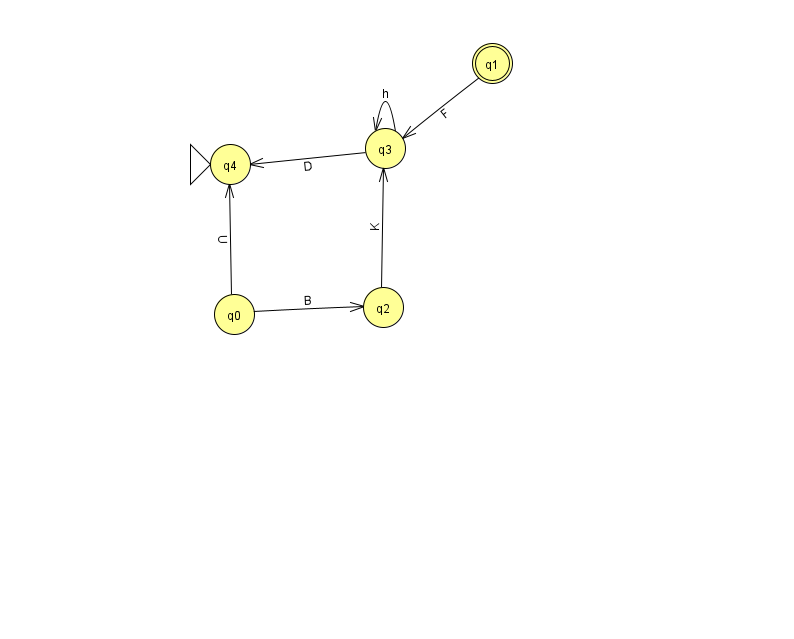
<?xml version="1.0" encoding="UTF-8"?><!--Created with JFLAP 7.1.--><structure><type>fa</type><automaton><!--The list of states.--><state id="0" name="q0"><x>234.0</x><y>301.0</y></state><state id="1" name="q1"><x>492.0</x><y>50.0</y><final/></state><state id="2" name="q2"><x>383.0</x><y>294.0</y></state><state id="3" name="q3"><x>385.0</x><y>135.0</y></state><state id="4" name="q4"><x>230.0</x><y>151.0</y><initial/></state><!--The list of transitions.--><transition><from>1</from><to>3</to><read>F</read></transition><transition><from>0</from><to>2</to><read>B</read></transition><transition><from>2</from><to>3</to><read>K</read></transition><transition><from>3</from><to>4</to><read>D</read></transition><transition><from>3</from><to>3</to><read>h</read></transition><transition><from>0</from><to>4</to><read>U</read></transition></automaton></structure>